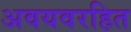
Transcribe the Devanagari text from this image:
अवयवरहित